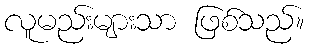
လူမည်းများသာ ဖြစ်သည်။